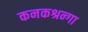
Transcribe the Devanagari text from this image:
कनकश्रन्गा